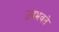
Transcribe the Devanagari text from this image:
उदभवते